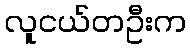
လူငယ်တဦးက